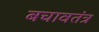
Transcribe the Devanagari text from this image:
बचावतंत्र